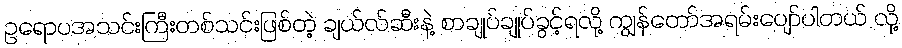
ဥရောပအသင်းကြီးတစ်သင်းဖြစ်တဲ့ ချယ်လ်ဆီးနဲ့ စာချုပ်ချုပ်ခွင့်ရလို့ ကျွန်တော်အရမ်းပျော်ပါတယ် လို့